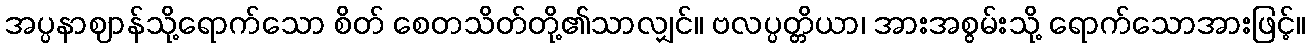
အပ္ပနာဈာန်သို့ရောက်သော စိတ် စေတသိတ်တို့၏သာလျှင်။ ဗလပ္ပတ္တိယာ၊ အားအစွမ်းသို့ ရောက်သောအားဖြင့်။